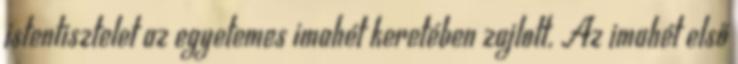
istentisztelet az egyetemes imahét keretében zajlott. Az imahét első